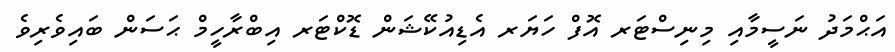
އަޙްމަދު ނަސީމާއި މިނިސްޓަރ އޮފް ހަޔަރ އެޑިއުކޭޝަން ޑޮކްޓަރ އިބްރާހީމް ޙަސަން ބައިވެރިވެ